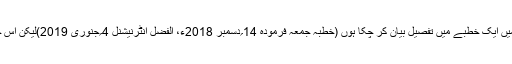
واقعہ ٔافک کے متعلق گذشتہ سال کے آخر میں ایک خطبے میں تفصیل بیان کر چکا ہوں (خطبہ جمعہ فرمودہ 14؍دسمبر 2018ء، الفضل انٹرنیشنل 4؍جنوری 2019)لیکن اس حوالے سے بھی یہاں کچھ بیان کر دیتا ہوں ۔